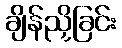
ချိန်ညှိခြင်း